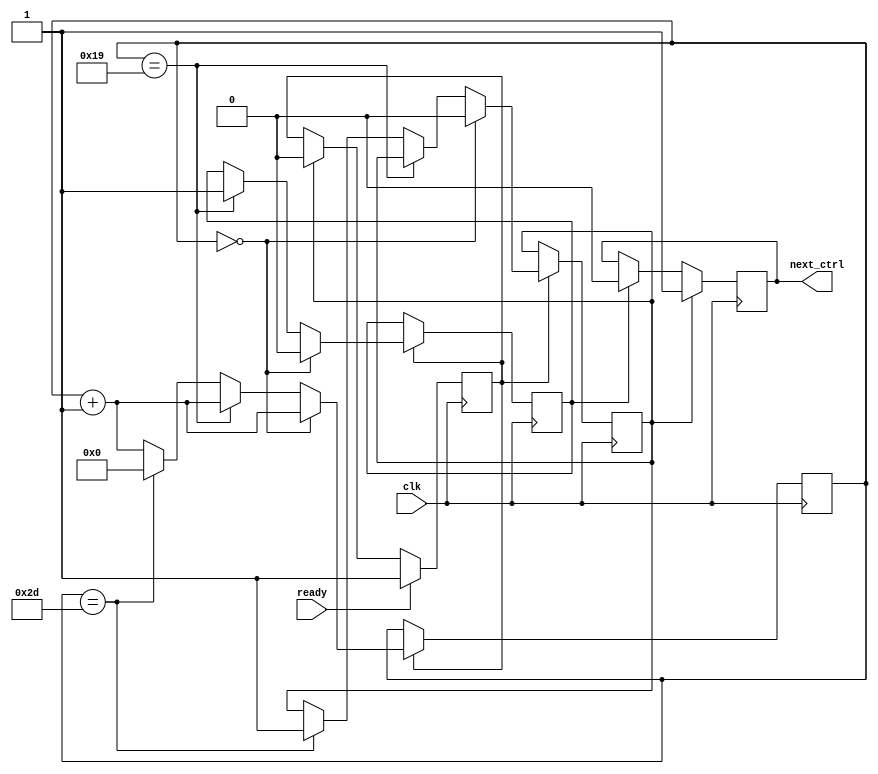
module nextdata_ctrl # (
	parameter WAIT_TIME = 20
)(
	input clk,
	input ready,
	output reg next_ctrl
);
	reg [7:0] count;
	reg please_wait, in_waited, next_waited;
	initial begin
		count = 0; next_ctrl = 1;
		please_wait = 0; 
		in_waited = 0;
		next_waited = 0;
	end
	// Timer
	always @ (negedge clk) begin
		if (please_wait) begin
			if (count == 0) begin
				in_waited <= 0;
				next_waited <= 0;
				count <= count + 1;
			end else if (count == 25)  begin
				in_waited <= 1;
				count <= count + 1;
			end else if (count == 45) begin
				next_waited <= 1;
				count = 0;
			end else count <= count + 1;
		end else ;
	end
	// Controler
	always @ (negedge clk) begin
		if (next_waited) begin
			// reset
			please_wait <= 0;
			next_ctrl <= 1;
		end else if (in_waited) begin
			next_ctrl <= 0;
		end else ;
		if (ready) 
			please_wait <= 1;
	end


endmodule